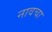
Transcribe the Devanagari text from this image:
नावचा